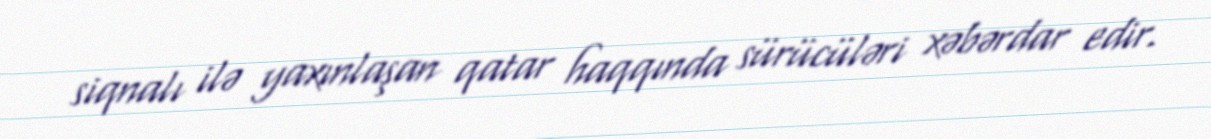
siqnalı ilə yaxınlaşan qatar haqqında sürücüləri xəbərdar edir.